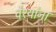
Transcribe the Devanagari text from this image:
वैश्यांना